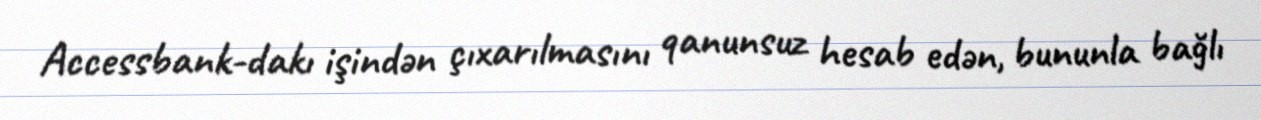
Accessbank-dakı işindən çıxarılmasını qanunsuz hesab edən, bununla bağlı